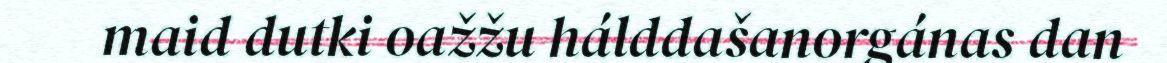
maid dutki oažžu hálddašanorgánas dan